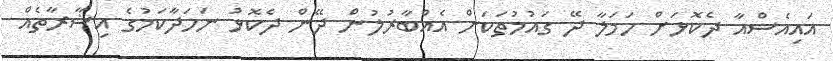
އައިއެސްއާ ދެކޮޅަށް ހަމަލާ ދޭ ގަައުމުތަކަށް އެއްބާރުލުން ދޭން ދެކޮޅު ނަހަދާކަމުގެ އިޝާރާތެއް